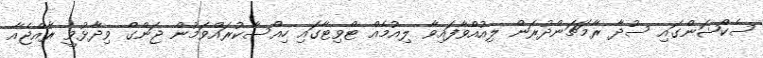
ސެކްޝަންގައި ސުދާ ރާމަޗަންދުރަން ލިއުއްވާފައިވާ ލިއުމެއް ޓްވިޓާގައި ހިއްސާކުރައްވަމުން ޖަންގް ވިދާޅުވީ ރާއްޖެއާ